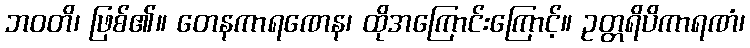
ဘဝတိ၊ ဖြစ်၏။ တေနကာရဏေန၊ ထိုအကြောင်းကြောင့်။ ဥတ္တရိပိကာရဏံ၊